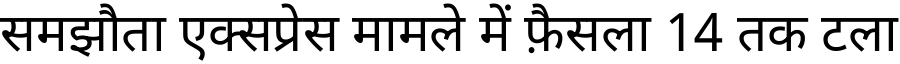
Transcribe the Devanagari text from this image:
समझौता एक्सप्रेस मामले में फ़ैसला 14 तक टला